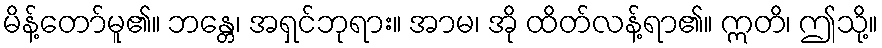
မိန့်တော်မူ၏။ ဘန္တေ၊ အရှင်ဘုရား။ အာမ၊ အို ထိတ်လန့်ရာ၏။ ဣတိ၊ ဤသို့။